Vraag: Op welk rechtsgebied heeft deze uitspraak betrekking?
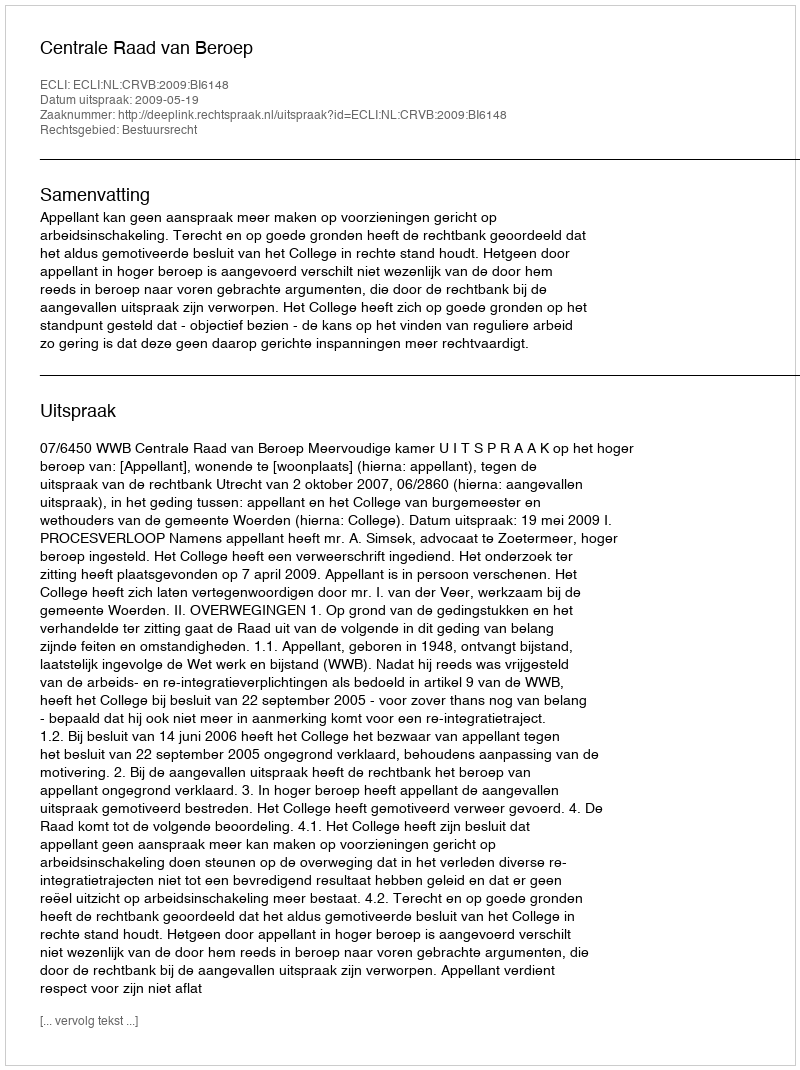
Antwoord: Bestuursrecht